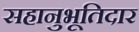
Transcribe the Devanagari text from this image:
सहानुभूतिदार